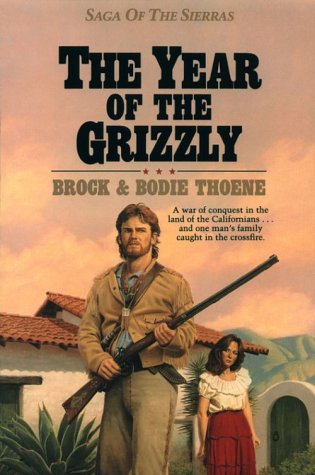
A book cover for The Year of the Grizzly (Saga of the Sierras); Brock Thoene; Religion & Spirituality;